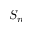
S _ { n }